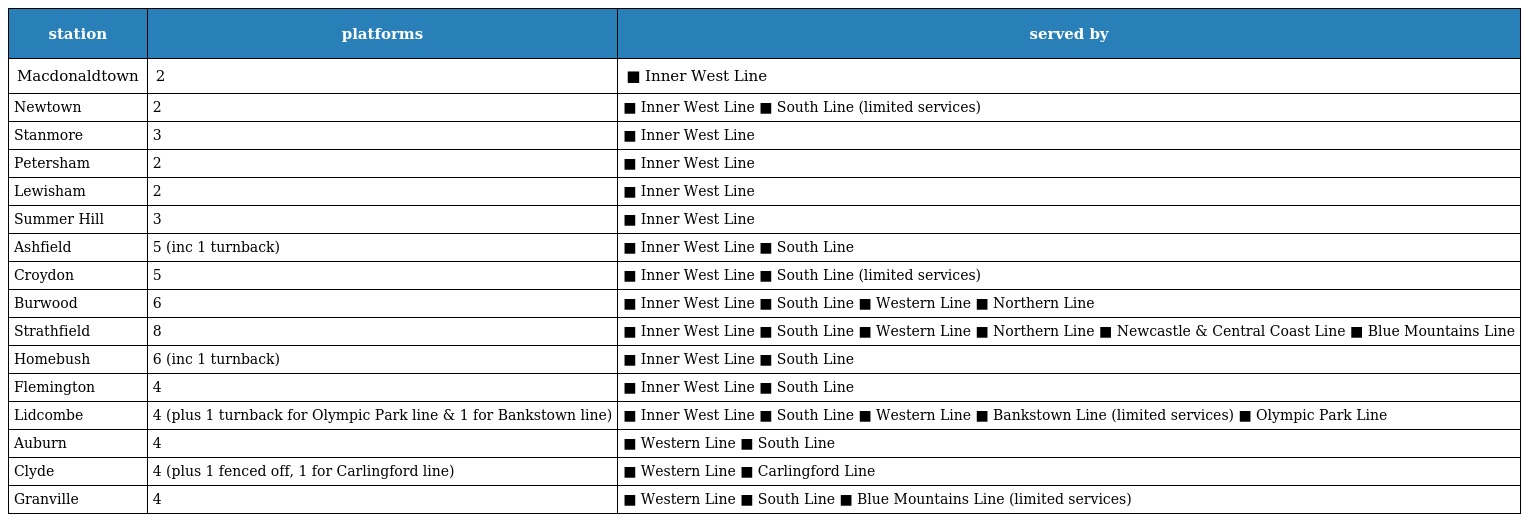
| station | platforms | served by |
 | --- | --- | --- |
 | Macdonaldtown | 2 | ■ Inner West Line |
 | Newtown | 2 | ■ Inner West Line ■ South Line (limited services) |
 | Stanmore | 3 | ■ Inner West Line |
 | Petersham | 2 | ■ Inner West Line |
 | Lewisham | 2 | ■ Inner West Line |
 | Summer Hill | 3 | ■ Inner West Line |
 | Ashfield | 5 (inc 1 turnback) | ■ Inner West Line ■ South Line |
 | Croydon | 5 | ■ Inner West Line ■ South Line (limited services) |
 | Burwood | 6 | ■ Inner West Line ■ South Line ■ Western Line ■ Northern Line |
 | Strathfield | 8 | ■ Inner West Line ■ South Line ■ Western Line ■ Northern Line ■ Newcastle & Central Coast Line ■ Blue Mountains Line |
 | Homebush | 6 (inc 1 turnback) | ■ Inner West Line ■ South Line |
 | Flemington | 4 | ■ Inner West Line ■ South Line |
 | Lidcombe | 4 (plus 1 turnback for Olympic Park line & 1 for Bankstown line) | ■ Inner West Line ■ South Line ■ Western Line ■ Bankstown Line (limited services) ■ Olympic Park Line |
 | Auburn | 4 | ■ Western Line ■ South Line |
 | Clyde | 4 (plus 1 fenced off, 1 for Carlingford line) | ■ Western Line ■ Carlingford Line |
 | Granville | 4 | ■ Western Line ■ South Line ■ Blue Mountains Line (limited services) |